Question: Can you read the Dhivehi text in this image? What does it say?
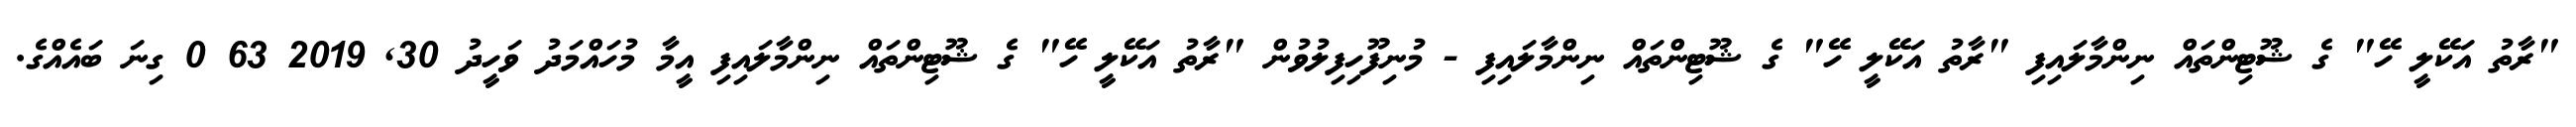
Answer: "ރާތު އަކޭލީ ހޭ" ގެ ޝޫޓިންތައް ނިންމާލައިފި "ރާތު އަކޭލީ ހޭ" ގެ ޝޫޓިންތައް ނިންމާލައިފި - މުނިފޫހިފިލުވުން "ރާތު އަކޭލީ ހޭ" ގެ ޝޫޓިންތައް ނިންމާލައިފި އީމާ މުހައްމަދު ވަހީދު 30, 2019 63 0 ގިނަ ބައެއްގެ.